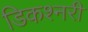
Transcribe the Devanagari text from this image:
डिकश्नरी